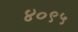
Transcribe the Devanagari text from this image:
४०९५